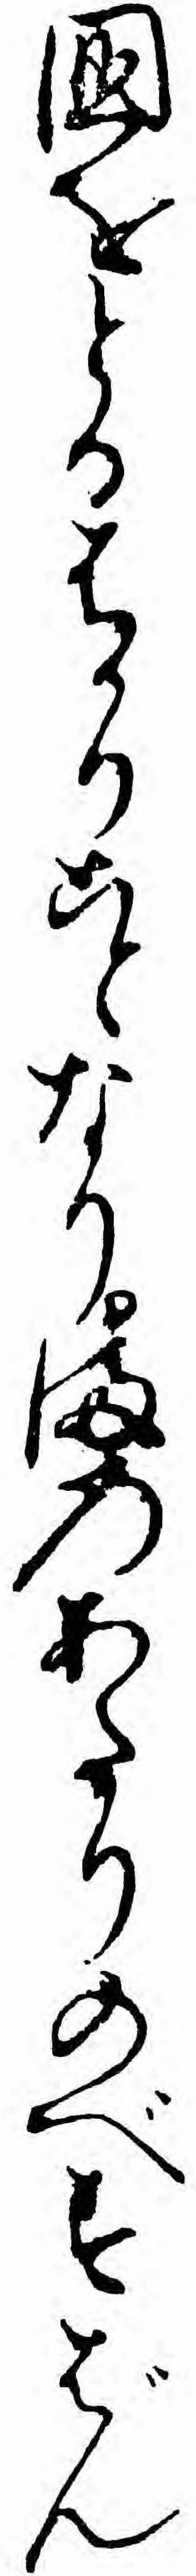
国をとるはかりことなりまのあたりのべすばん